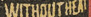
WITHOUT HEAT